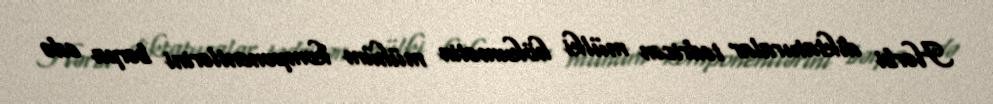
Hərbi diktaturalar tədricən mülki hökumətin mühüm komponentlərini bərpa edə